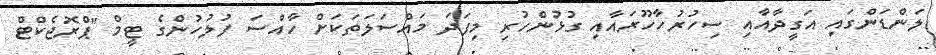
ލަންޑަންގައި އަގީދާއާއި ސިހުރުހާހޫރައާއި ގުޅުންހުރި މިފަދަ މައްސަލަތަކަށް ހާއްސަ ފުލުހުންގެ ޓީމް "ޕްރޮޖެކްޓް